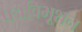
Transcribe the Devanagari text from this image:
पद्मविभूशन